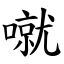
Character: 噈